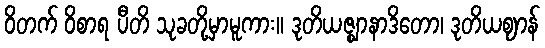
ဝိတက် ဝိစာရ ပီတိ သုခတို့မှာမူကား။ ဒုတိယဇ္ဈာနာဒိတော၊ ဒုတိယဈာန်